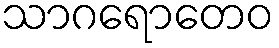
သာဂရောတေဝ